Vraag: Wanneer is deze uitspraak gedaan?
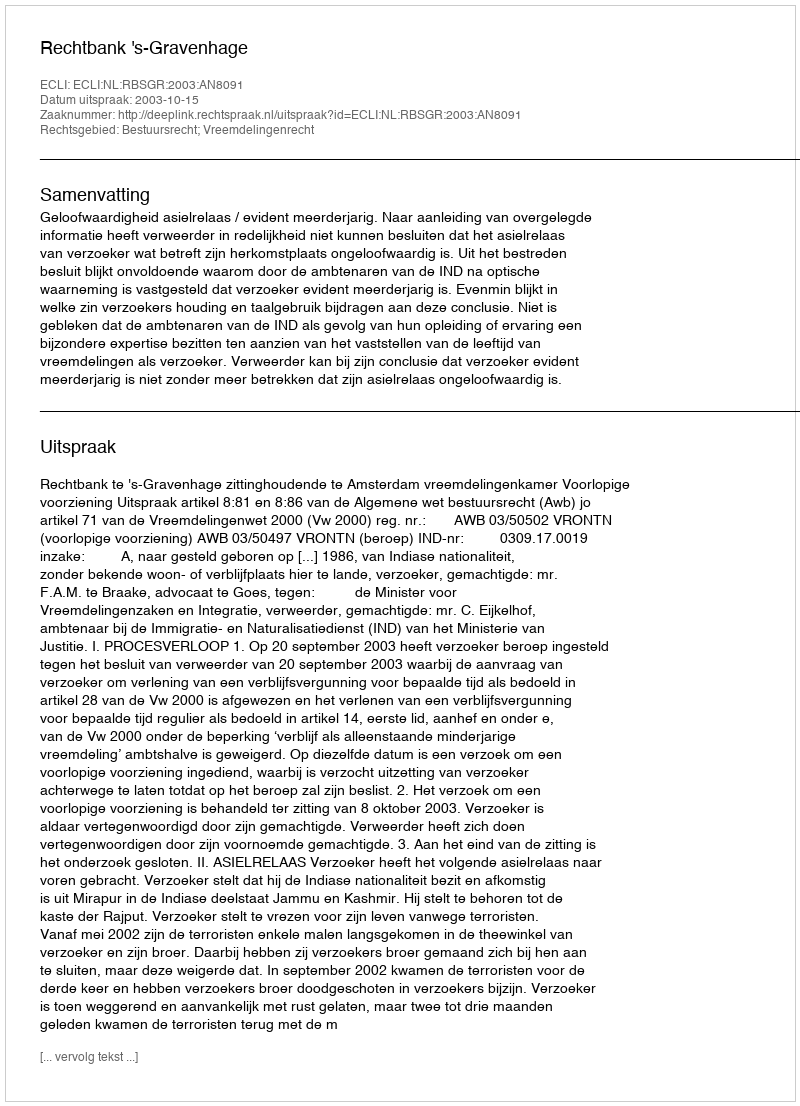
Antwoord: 2003-10-15